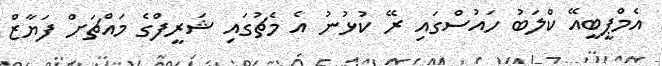
އެމްޕީބީއޭ ކްލަބު ހައުސްގައި ރޭ ކުޅުނު އެ މެޗުގައި ޝަރީފްގެ މައްޗަށް ފަޔާޒް